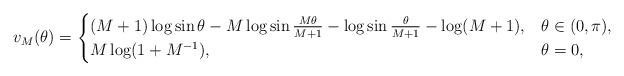
LaTeX: \begin{align*} v_M(\theta) = \begin{cases} (M + 1)\log \sin\theta -M\log \sin\frac{M\theta}{M + 1} -\log \sin \frac{\theta}{M + 1} -\log (M + 1), & \theta \in (0, \pi), \\ M \log(1 + M^{-1}), & \theta = 0, \end{cases} \end{align*}